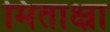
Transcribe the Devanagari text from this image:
मिताक्ष्रा